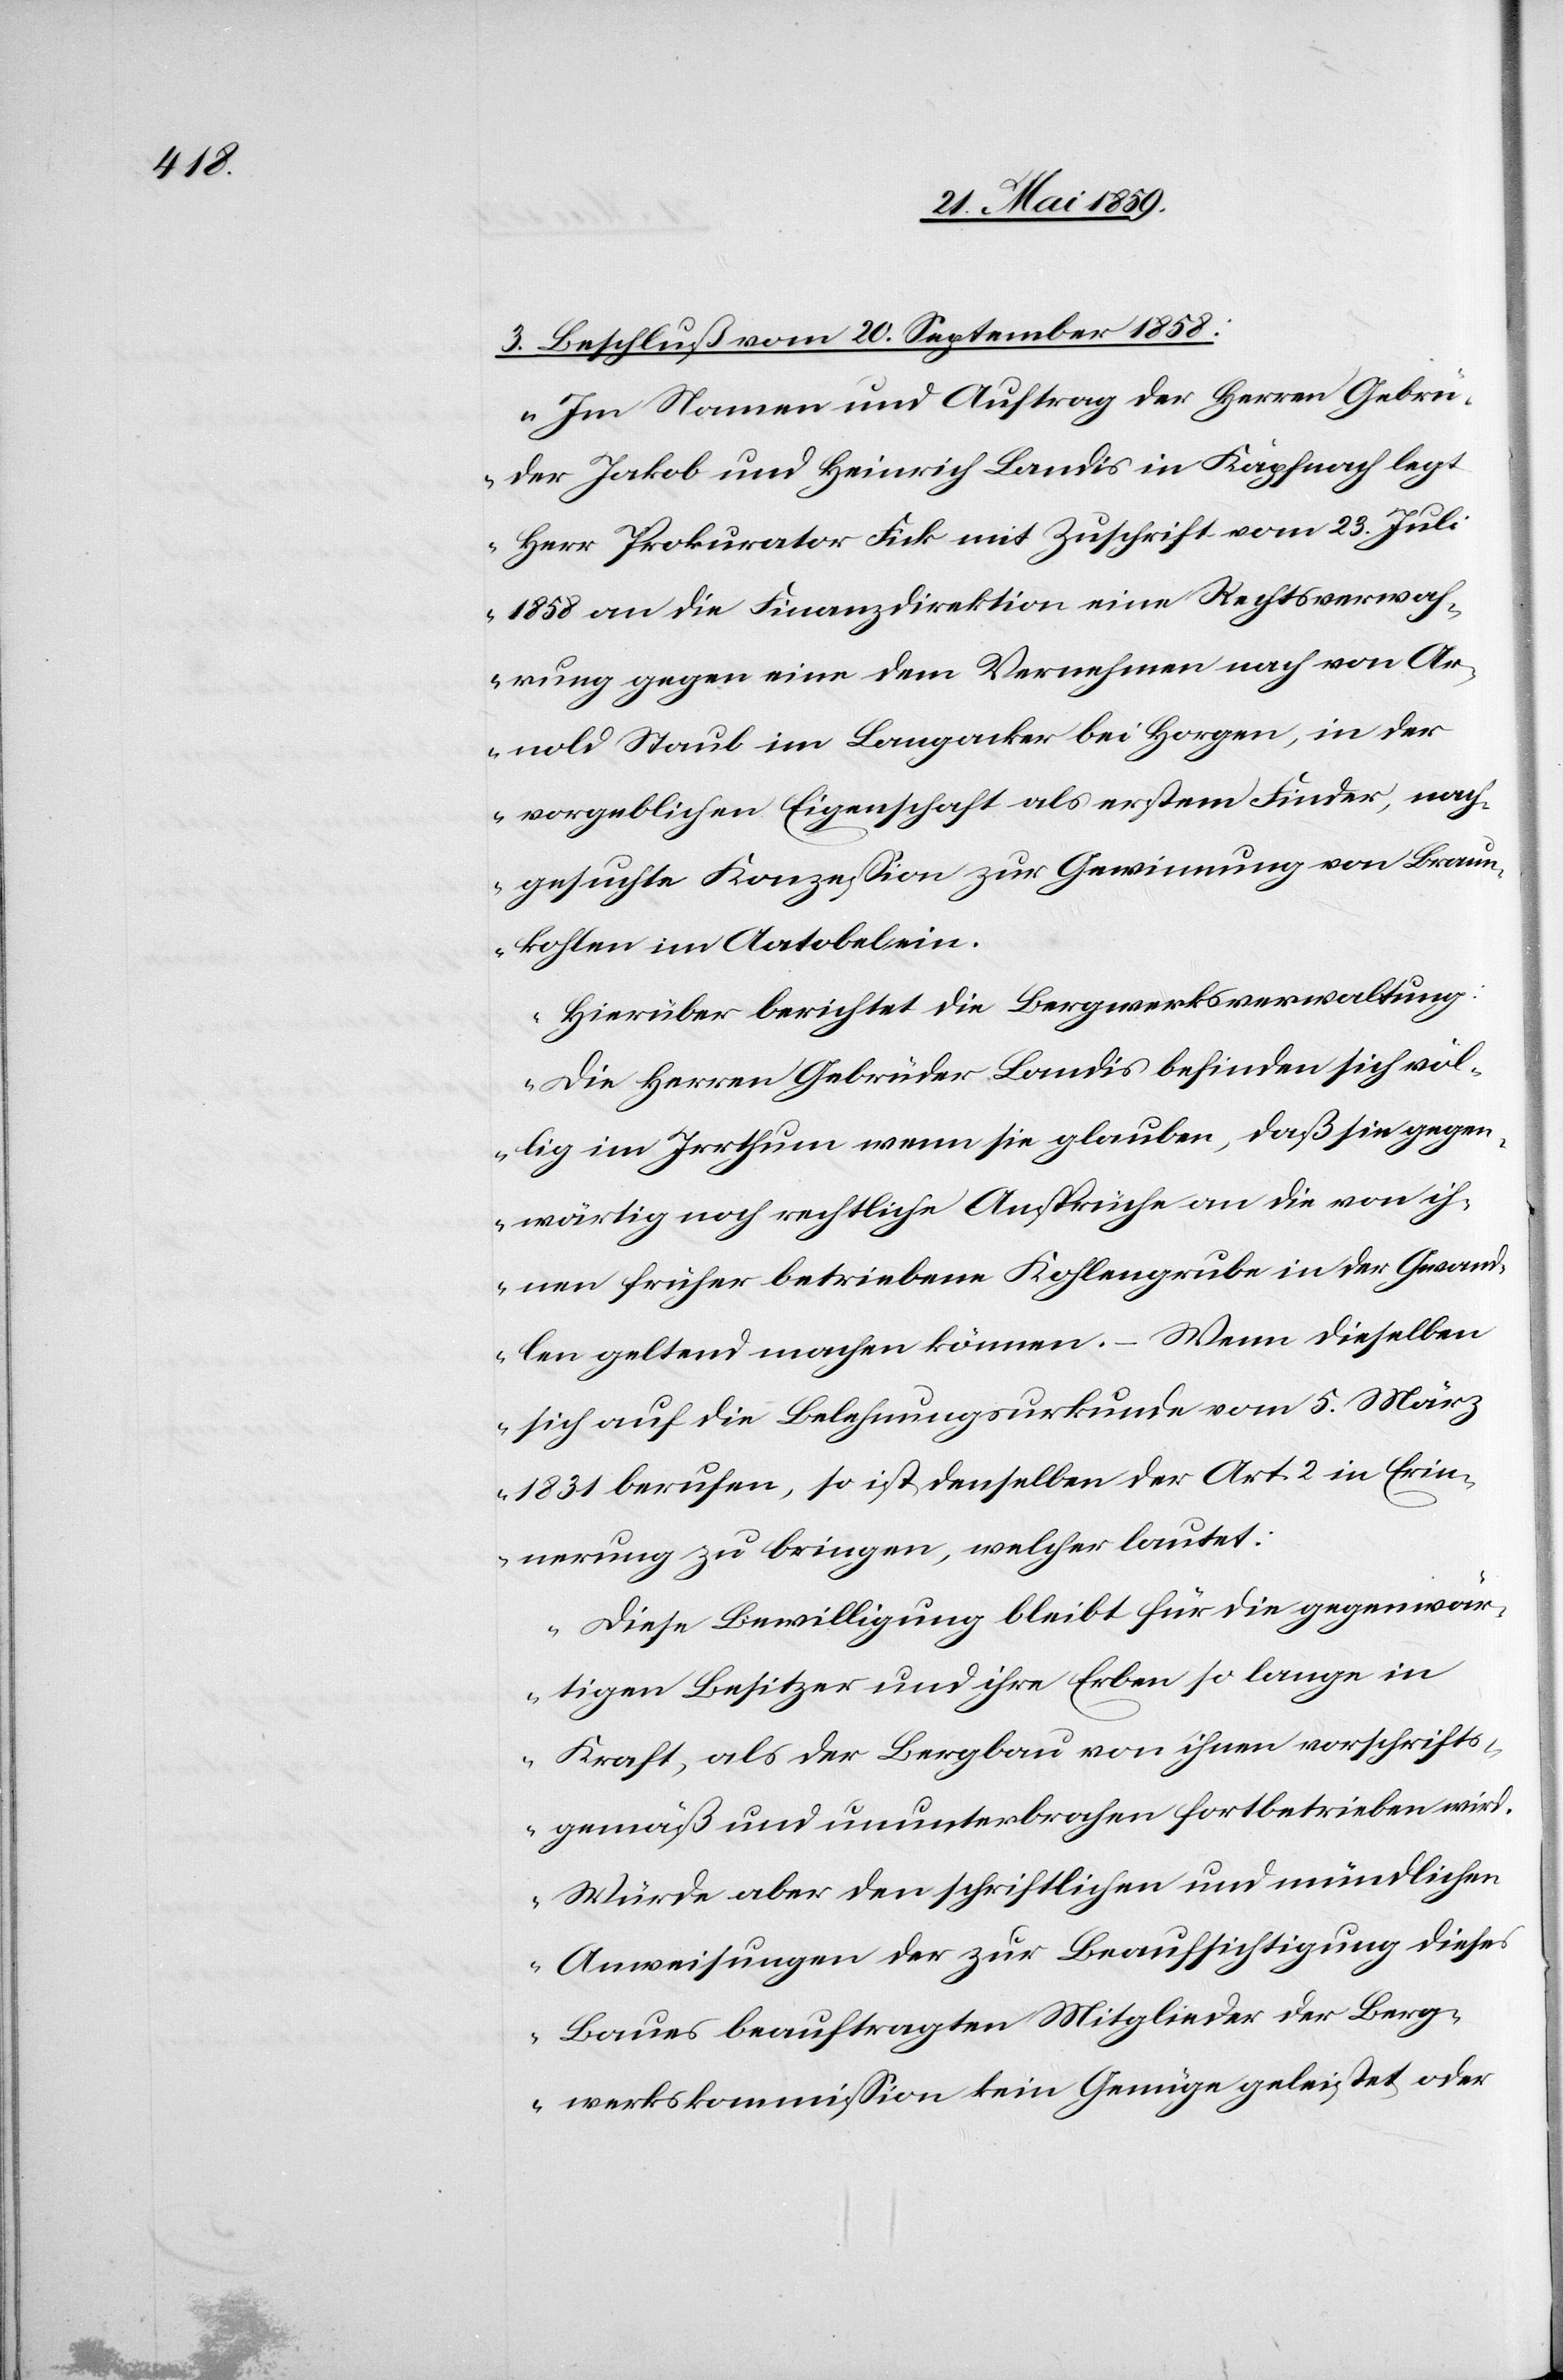
3) Beschluß vom 20. September 1858:
„Im Namen und Auftrag der Herren Gebrü¬
der Jakob und Heinrich Landis in Käpfnach legt
Herr Prokurator Fick mit Zuschrift vom 23. Juli
1858 an die Finanzdirektion eine Rechtsverwah¬
rung gegen eine dem Vernehmen nach von Ar¬
nold Staub im Lengacker bei Horgen, in der
vorgeblichen Eigenschaft als erstem Finder, nach¬
gesuchte Konzeßion zur Gewinnung von Braun¬
kohlen im Aatobel ein.
Hierüber berichtet die Bergwerksverwaltung:
Die Herren Gebrüder Landis befinden sich völ¬
lig im Irrthum wenn sie glauben, daß sie gegen¬
wärtig noch rechtliche Ansprüche an die von ih¬
nen früher betriebene Kohlengrube in der Gwand¬
len geltend machen können. ‒ Wenn dieselben
sich auf die Belehnungsurkunde vom 5. März
1831 berufen, so ist denselben der Art. 2 in Erin¬
nerung zu bringen, welcher lautet:
Diese Bewilligung bleibt für die gegenwär¬
tigen Besitzer und ihre Erben so lange in
Kraft, als der Bergbau von ihnen vorschrifts¬
gemäß und ununterbrochen fortbetrieben wird.
Würde aber den schriftlichen und mündlichen
Anweisungen der zur Beaufsichtigung dieses
Baues beauftragten Mitglieder der Berg¬
werkskommißion kein Genüge geleistet oder